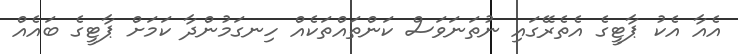
އެއާ އެކު ޕާޓީގެ އެތެރޭގައި ނުތަނަވަސް ކަންތައްތަކެއް ހިނގަމުންދާ ކަމަށް ޕާޓީގެ ބައެއް